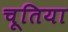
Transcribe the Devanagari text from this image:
चूतिया